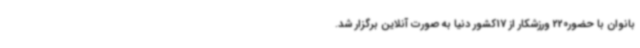
بانوان با حضور220 ورزشکار از 17کشور دنیا به صورت آنلاین برگزار شد.